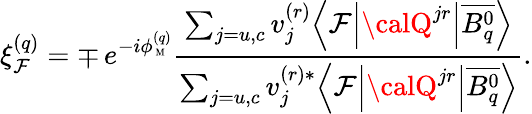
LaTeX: \xi_{\mathcal{F}}^{(q)}=\mp\, e^{-i\phi_{\mathrm{{{\scriptsize~M}}}}^{(q)}}\frac{{\sum_{j=u,c}v_{j}^{(r)}\Bigl\langle\mathcal{F}\Bigl|{\calQ}^{jr}\Bigr|\overline{{{{B_{q}^{0}}}}}\Bigr\rangle}}{{\sum_{j=u,c}v_{j}^{(r)\ast}\Bigl\langle\mathcal{F}\Bigl|{\calQ}^{jr}\Bigr|\overline{{{{B_{q}^{0}}}}}\Bigr\rangle}}.